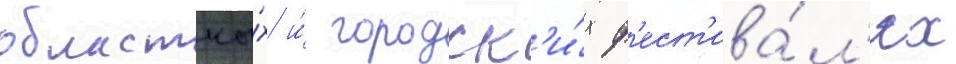
областны́х и́ городск'и́х ф'ест'ива́л'ях